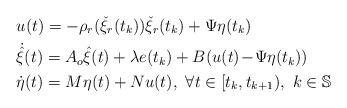
LaTeX: \begin{align*} &u (t)=-\rho_{r}(\check{\xi}_{r}(t_{k}))\check{\xi}_{r}(t_{k})+\Psi \eta (t_{k}) \\ &\dot{\hat{\xi}}(t)=A_{o}\hat{\xi}(t)+\lambda e(t_{k})+B(u(t)\!-\!\Psi \eta (t_{k}))\\ &\dot{\eta} (t)=M \eta (t)+N u (t),~\forall t\in[t_{k},t_{k+1}),~k\in\mathbb{S}\\ \end{align*}